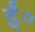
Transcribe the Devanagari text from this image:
ईं०